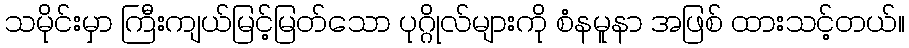
သမိုင်းမှာ ကြီးကျယ်မြင့်မြတ်သော ပုဂ္ဂိုလ်များကို စံနမူနာ အဖြစ် ထားသင့်တယ်။